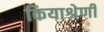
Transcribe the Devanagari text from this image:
कियाश्रेणी